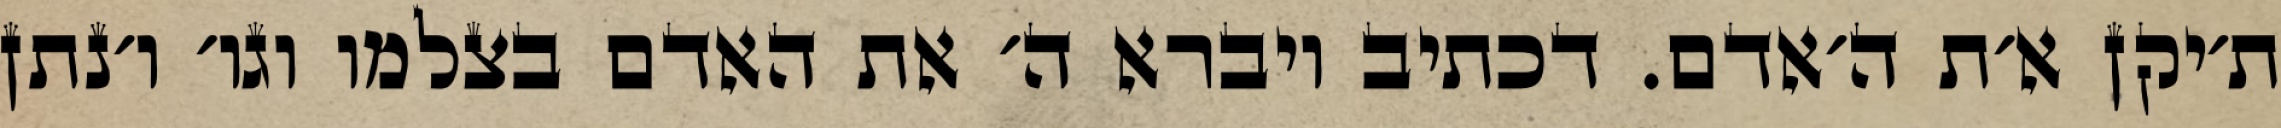
ת׳יקן א׳ת ה׳אדם. דכתיב ויברא ה׳ את האדם בצלמו וגו׳ ו׳נתן